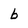
Character: b